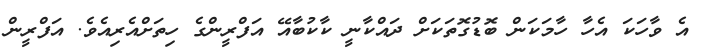
އެ ވާހަކަ އެހާ ހާމަކަން ބޮޑުގޮތަކަށް ދައްކާނީ ކާކުބާއޭ އަފްރީންގެ ހިތަށްއެރިއެވެ. އަފްރީން